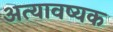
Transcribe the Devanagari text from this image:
अत्यावष्यक